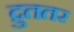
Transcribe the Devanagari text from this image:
द्रुततर